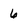
Character: 6